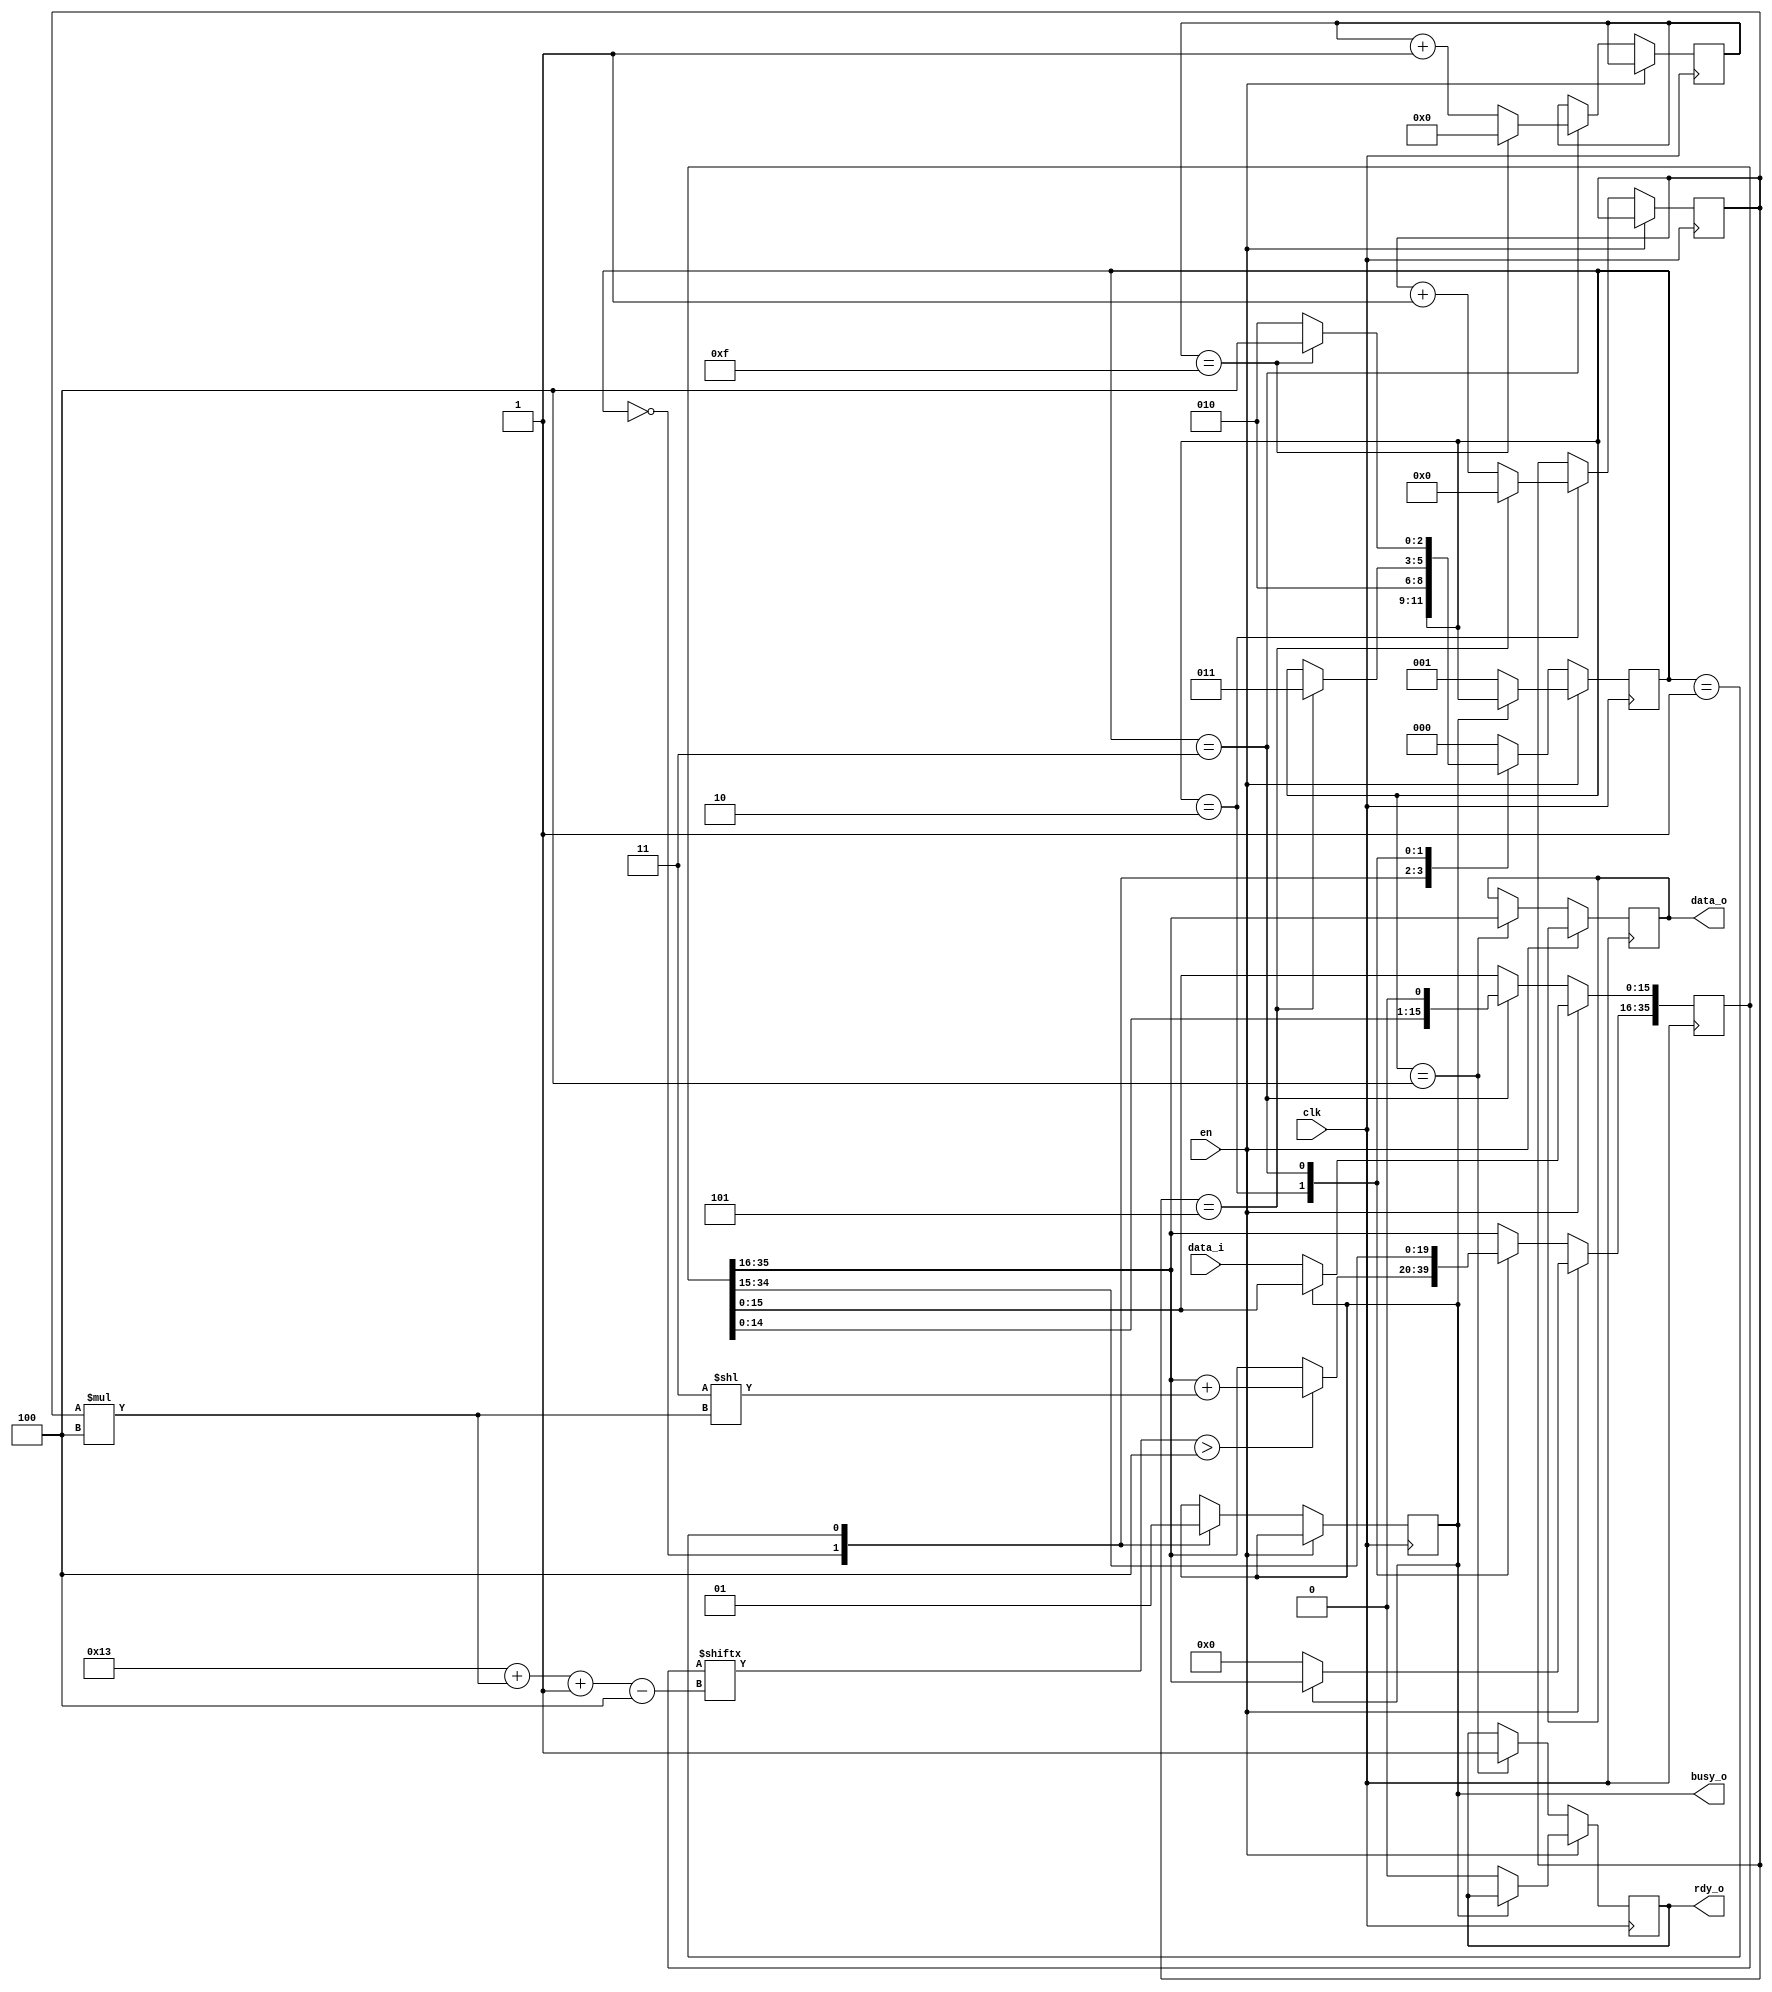
module BCD_converter #(
    parameter DATA_IN_WIDTH  = 16,
    parameter DATA_OUT_WIDTH = 20
) (
    input clk,
    input en,
    input [DATA_IN_WIDTH - 1:0] data_i,
    output reg [DATA_OUT_WIDTH - 1:0] data_o = 0,
    output reg rdy_o,
    output reg busy_o
);

  localparam BCD_WIDTH = DATA_IN_WIDTH + DATA_OUT_WIDTH;
  localparam CNT_WIDTH = $clog2(DATA_OUT_WIDTH) + 1;
  localparam SH_WIDTH = $clog2(DATA_IN_WIDTH) + 1;

  localparam [2:0] IDLE = 3'b000, SETUP = 3'b001, ADD = 3'b010, SHIFT = 3'b011, DONE = 3'b100;
  reg [BCD_WIDTH - 1:0] bcd_data = 0;
  reg [2:0] state = 0;
  reg [CNT_WIDTH:0] add_counter = 0;
  reg [SH_WIDTH:0] sh_counter = 0;
  wire [DATA_OUT_WIDTH-1:0] zeros;
  assign zeros = {DATA_OUT_WIDTH{1'b0}};
  
  always @(posedge clk) begin
    if (en) begin
      if (!busy_o) begin
        bcd_data <= {zeros, data_i};
        rdy_o <= 0;
        state <= SETUP;
      end
    end else begin
      case (state)
        IDLE: begin
          busy_o <= 0;  //TODO:
        end
        SETUP: begin
          busy_o <= 1;
          state <= ADD;
        end
        ADD: begin
          if (bcd_data[(DATA_OUT_WIDTH-1)+add_counter*4-:4] > 3'd4)
            bcd_data[BCD_WIDTH-1:DATA_IN_WIDTH] <= bcd_data[BCD_WIDTH-1:DATA_IN_WIDTH] + (2'd3 << (add_counter*4));
          add_counter <= add_counter + 1;
          if (add_counter == (DATA_OUT_WIDTH / 4)) begin
            add_counter <= 0;
            state <= SHIFT;
          end
        end
        SHIFT: begin
          sh_counter <= sh_counter + 1;
          bcd_data   <= bcd_data << 1;
          if (sh_counter == (DATA_IN_WIDTH - 1)) begin
            sh_counter <= 0;
            state <= DONE;
          end else begin
            state <= ADD;
          end
        end
        DONE: begin
          rdy_o  <= 1;
          data_o <= bcd_data[BCD_WIDTH-1:DATA_IN_WIDTH];
          state <= IDLE;
        end
        default: state <= IDLE;
      endcase
    end
  end



endmodule